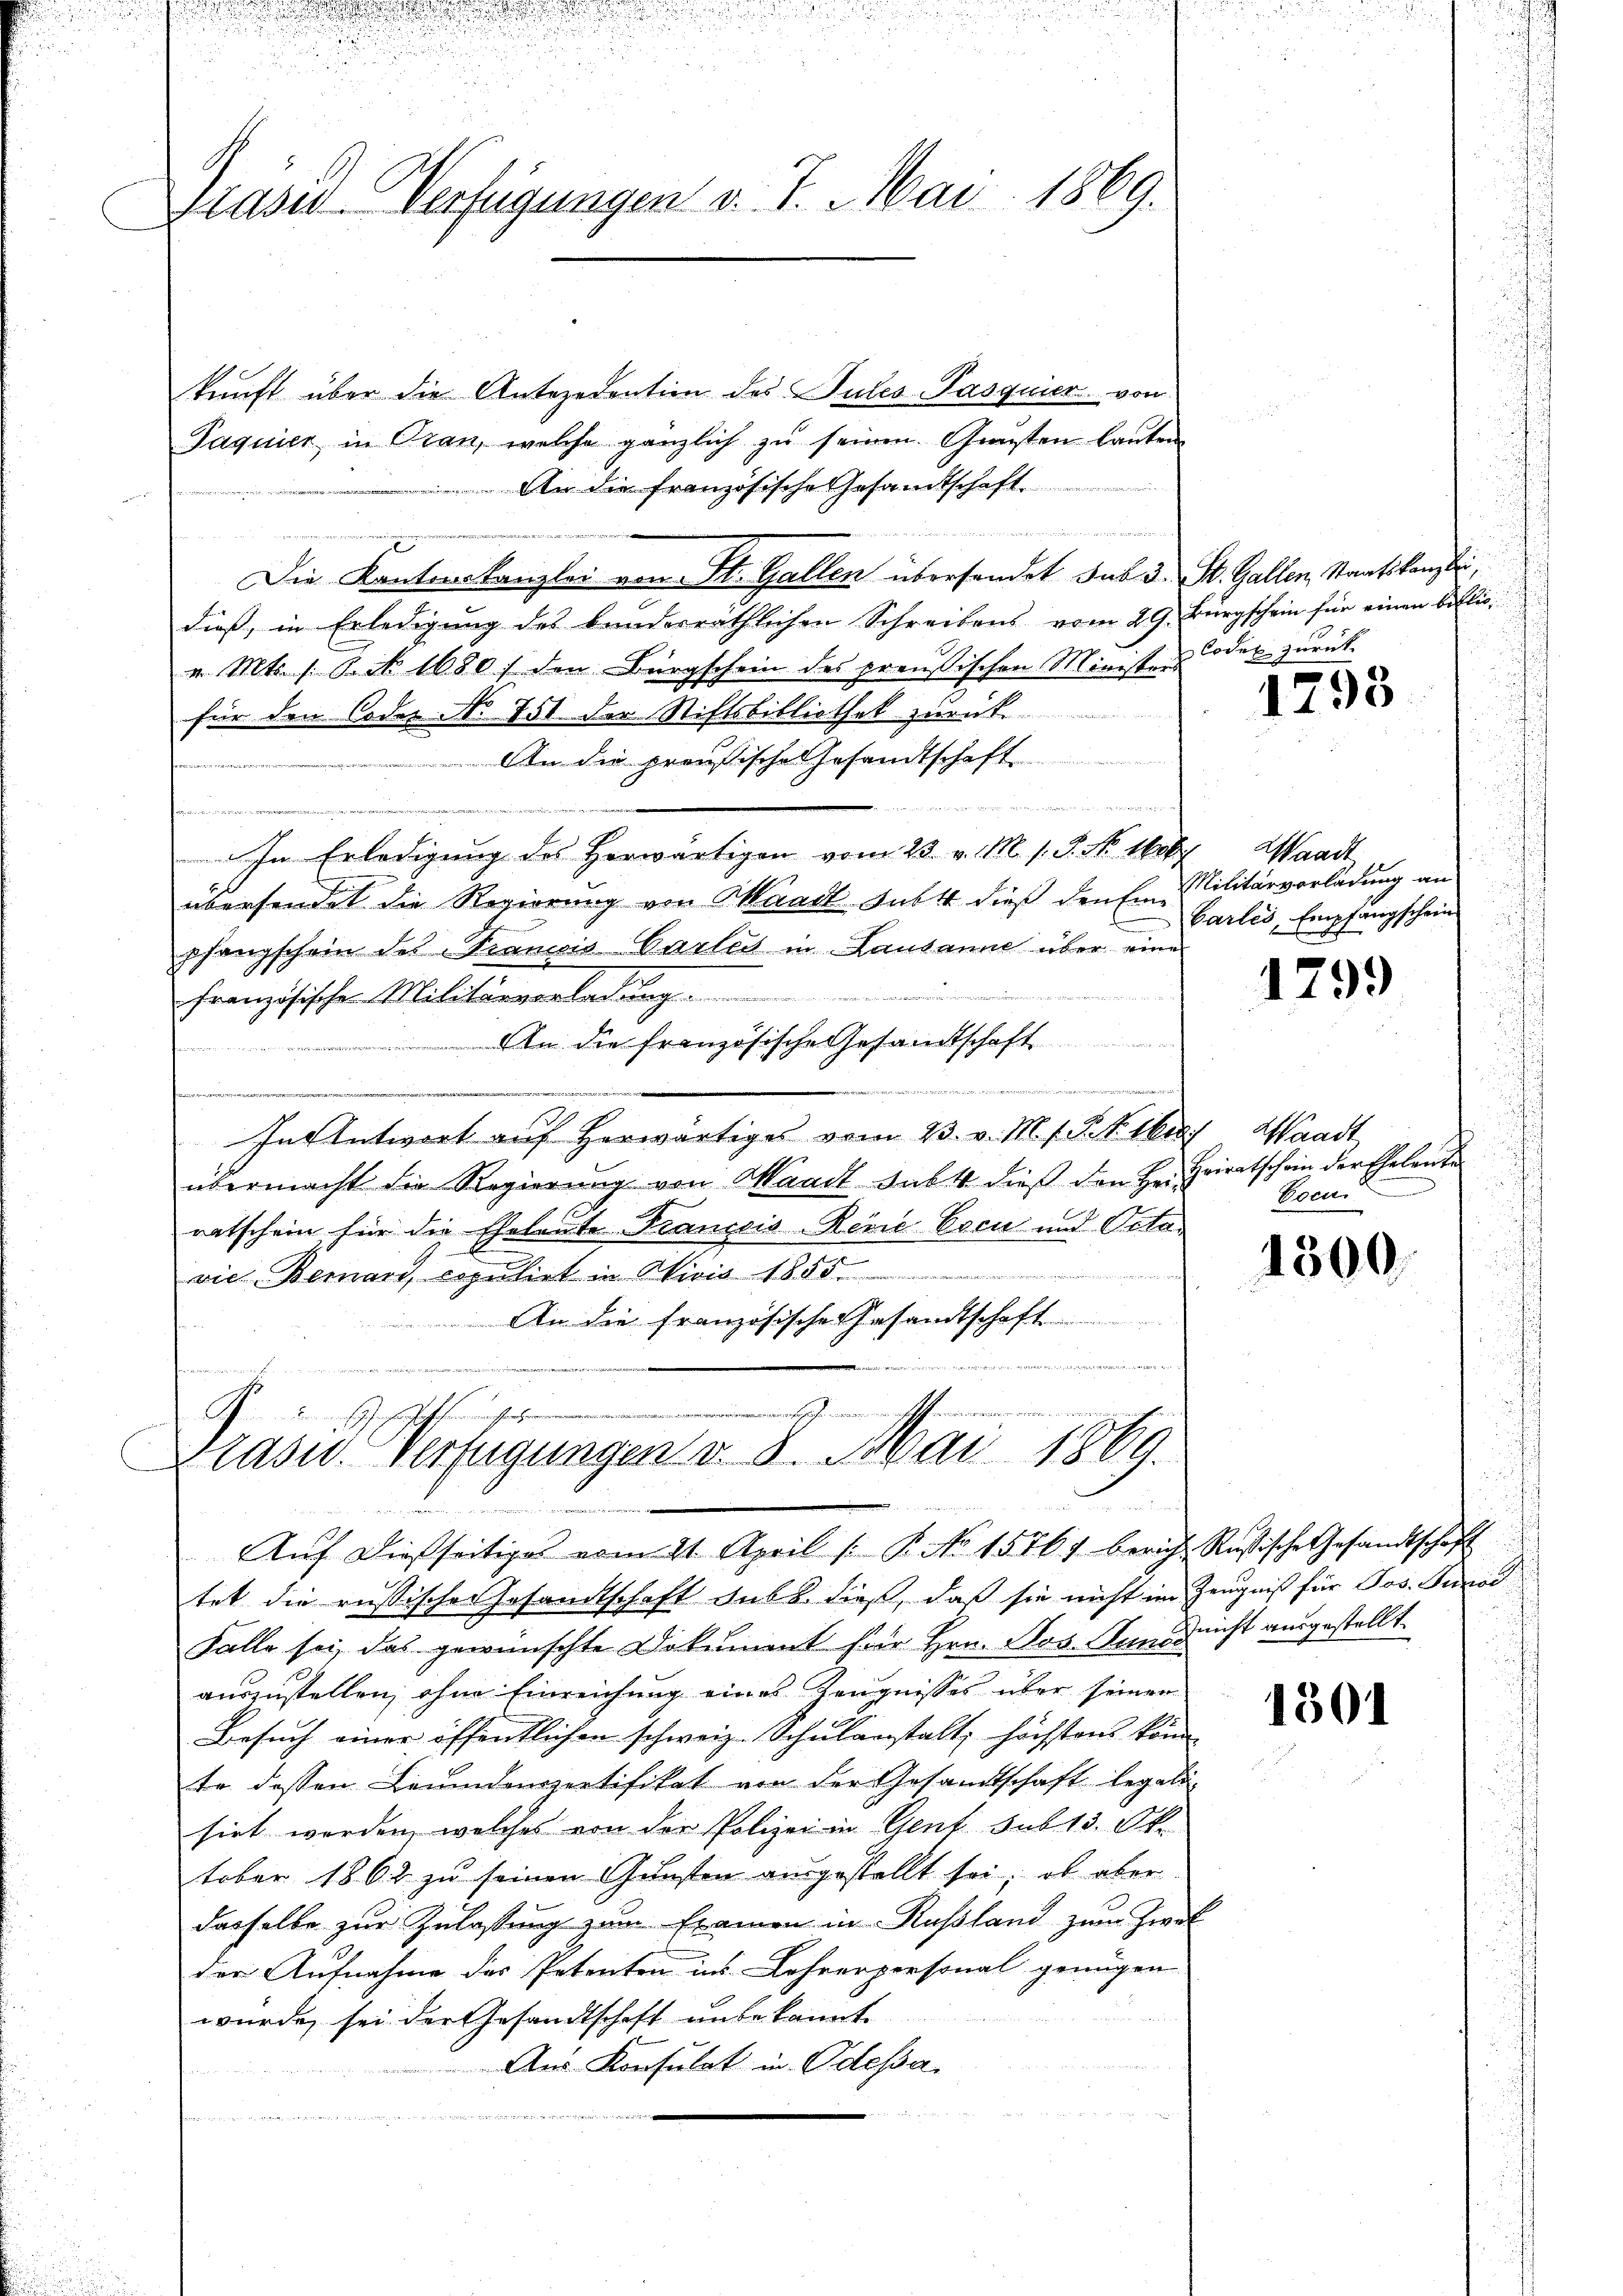
.

Präsid-Verfügungen v. 7. Mai 1869.

kunft über die Antezedention des Pules Pasquier von
Paquier in Oran, welche gänzlich zŭ seinen Gunsten lauten
 An die französische Gesandtschaft
ene
Die Kantonskanzlei von St. Gallen übersendet sub d. St. Gallen, Staatskanzlei,
dieß, in Erledigung des bunderräthlichen Schreibens vom 29. Bürgschein für einen Bibliov. Mts. 1. Oct. 1680 :/ den Bürgschein des preußischen Ministers Todes zurück
für den Codes No 751. der Stiftsbibliothek zurück.
An die preußische Gesandtschaft
t
4
8
tenen
In Erledigung des Herwärtigen vom 23. v. M. s. S. Nr. 1600 Waadt
übersendet die Regierung von Waadt Subst dieß den Ein Militärvorladung an
pfangschein des Francois Carlis in Lausanne über eine
iinen Regie
französische Militärverladung.
An die französische Gesandtschaft
u
.
In Antwort auf herwärtiges vom 23. v. M. h. R. V. Mias Waadt
übermacht die Regierung von Waadt subt dieß den Heiratschein für die Eheleute Francois Reine Even und Octavie Bernant copulirt in Divis 1855.
An die französische Gesamtschaft

G

Glasur. Verfügungen v. 8. Mai 1869.
eder den er
Aŭf dießseitiges vom 21. April /: P. Nr. 15764 berich Russische Gesandtschaft

tet die russischen Gesandtschaft sub b. dieß, daß sie nicht im Zeugniß für Jos. Turod
Falle sei, das gewünschte Dokument für Hrn. Jos. Haus nicht ausgestellt.
auszustellen, ohne Einreichung eines Zeugnisses über seiner
Besuch einer öffentlichen schweiz. Schulanstalt, höchstens könn
te dessen Leumdenzertifikat von der Gesandtschaft legali-
sirt worden, welches von der Polizei in Genf sub 13. Ok
tober 1862 zu seinen Gunsten ausgestellt sei, ob aber
dasselbe zur Zulassung zum Examen in Rußland zum Zwal
der Aufnahme des Petenten ins Lehrerpersonal genügen
wurde, sei der Gesandtschaft unbekannte.
Aus Konsulat in Odessa,
t
un

1293

Carlis, Empfangschein

1799

Heiratschein der Eheleute
Cocu

1300.

1301